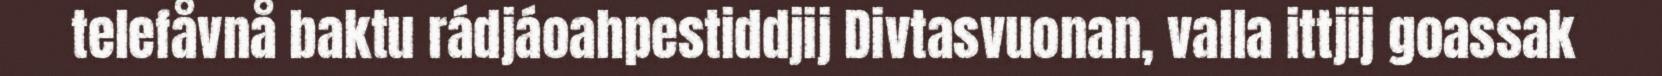
telefåvnå baktu rádjáoahpestiddjij Divtasvuonan, valla ittjij goassak